Report of the Bombay Plague Committee
Disease focus: Plague
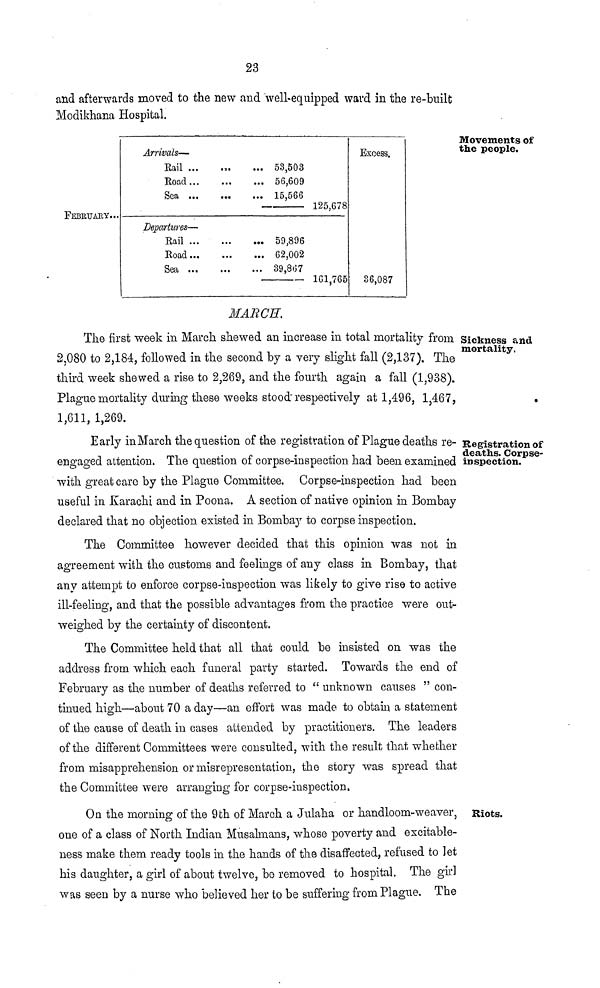
23
and afterwards moved to the new and well-equipped ward in the re-built
Modikhana Hospital.
Movements of
the people.
FEBEUARY...
Arrivals—
Kail ...
Road
Sea
Departures—
Rail
Road
Sea
... 53,503
... 56,609
... 15,566
... 59,896
... 62,002
... 39,8(57
•
—
125,678
161,765
Excess.
36,087
MARCH.
Sickness and
mortality,
The first week in March shewed an increase in total mortality from
2,080 to 2,184, followed in the second by a very slight fall (2,137). The
third week shewed a rise to 2,269, and the fourth again a fall (1,938).
Plague mortality during these weeks stood" respectively at 1,496, 1,467,
1,611, 1,269.
Registration of
deaths. Corpse-
inspection.
Early in March the question of the registration of Plague deaths re-
engaged attention. The question of corpse-inspection had been examined
with great care by the Plague Committee. Corpse-inspection had been
useful in Karachi and in Poona. A section of native opinion in Bombay
declared that no objection existed in Bombay to corpse inspection.
The Committee however decided that this opinion was not in
agreement with the customs and feelings of any class in Bombay, that
any attempt to enforce corpse-inspection was likely to give rise to active
ill-feeling, and that the possible advantages from the practice were out-
weighed by the certainty of discontent.
The Committee held that all that could be insisted on was the
address from which each funeral party started. Towards the end of
February as the number of deaths referred to " unknown causes " con-
tinued high—about 70 a day—an effort was made to obtain a statement
of the cause of death, in cases attended by practitioners. The leaders
of the different Committees were consulted, with the result that whether
from misapprehension or misrepresentation, the story was spread that
the Committee were arranging for corpse-inspection.
Riots.
On the morning of the 9th of March a Julaha or handloom-weaver,
one of a class of North Indian Musahnans, whose poverty and excitable-
ness make them ready tools in the hands of the disaffected, refused to Jet
his daughter, a girl of about twelve, be removed to hospital. The girl
was seen by a nurse who believed her to be suffering from Plague. The